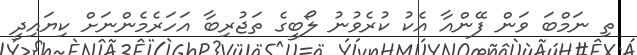
ތި ނަމްބަ ވަން ފޭންއާ އެކު ކުރެވުނު ލޯބީގެ ތަޖުރިބާ އަހަރެމެންނަށް ކިޔައިދީ